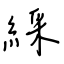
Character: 綵